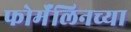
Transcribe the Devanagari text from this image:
फोर्मॅलिनच्या